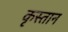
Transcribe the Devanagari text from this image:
कृस्तान